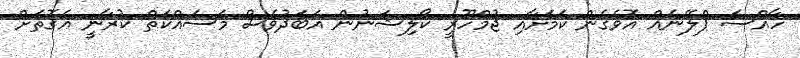
ހާއްސަ ޕްލޭނެއް އޮވެގެން ކަމަށާއި ޖުމްހޫރީ ކޯލިޝަނުން އަބަދުވެސް މަސައްކަތް ކުރާނީ އެގޮތަށް